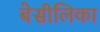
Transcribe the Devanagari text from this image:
बेसीलिका